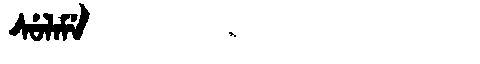
Manchu: ᠰᡠᠯᠠᠮᡝ
Romanization: SULAME